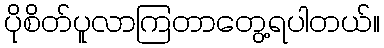
ပိုစိတ်ပူလာကြတာတွေ့ရပါတယ်။